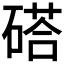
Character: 𥔽